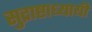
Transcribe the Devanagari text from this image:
सुद्राष्टाध्यायी